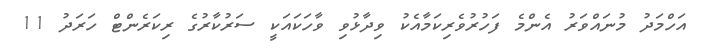
އަހްމަދު މުނައްވަރު އެންމެ ފަހުރުވެރިކަމާއެކު ވިދާޅުވި ވާހަކައަކީ ސަރުކާރުގެ ރިކަރެންޓް ހަރަދު 11